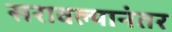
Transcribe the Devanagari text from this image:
सरावल्यानंतर